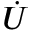
\dot { U }